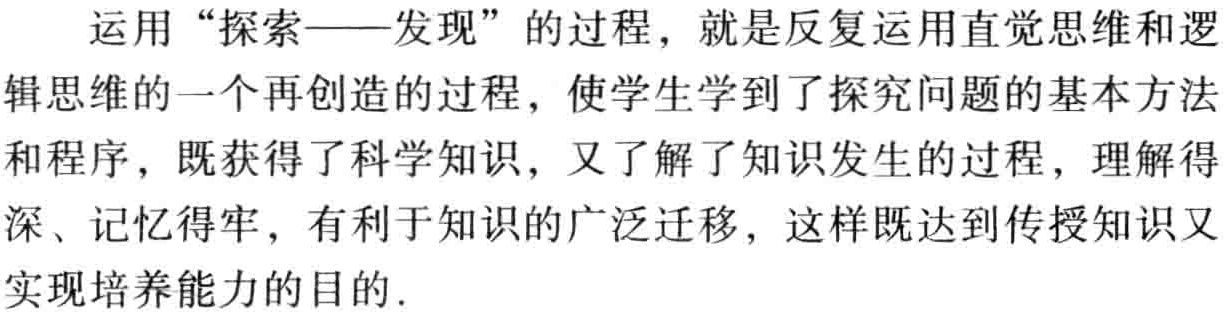
运用“探索——发现”的过程，就是反复运用直觉思维和逻辑思维的一个再创造的过程，使学生学到了探究问题的基本方法和程序，既获得了科学知识，又了解了知识发生的过程，理解得深、记忆得牢，有利于知识的广泛迁移，这样既达到传授知识又实现培养能力的目的.